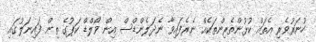
ހުނަރުވެރި އެތައް ކުޅުންތެރިންތަކެއް ނެރެފައިވާ ނެދަލެންޑްސް އިން ވޯލްޑް ކަޕުގެ ތިން ފައިނަލުގައި